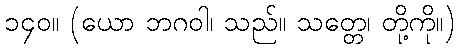
၁၄၀။ (ယော ဘဂဝါ၊ သည်။ သတ္တေ၊ တို့ကို။)